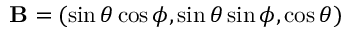
\mathbf { B } = ( \sin \theta \cos \phi , \sin \theta \sin \phi , \cos \theta )